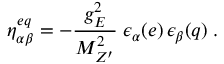
\eta _ { \alpha \beta } ^ { e q } = - \frac { g _ { E } ^ { 2 } } { M _ { Z ^ { \prime } } ^ { 2 } } \; \epsilon _ { \alpha } ( e ) \, \epsilon _ { \beta } ( q ) \; .